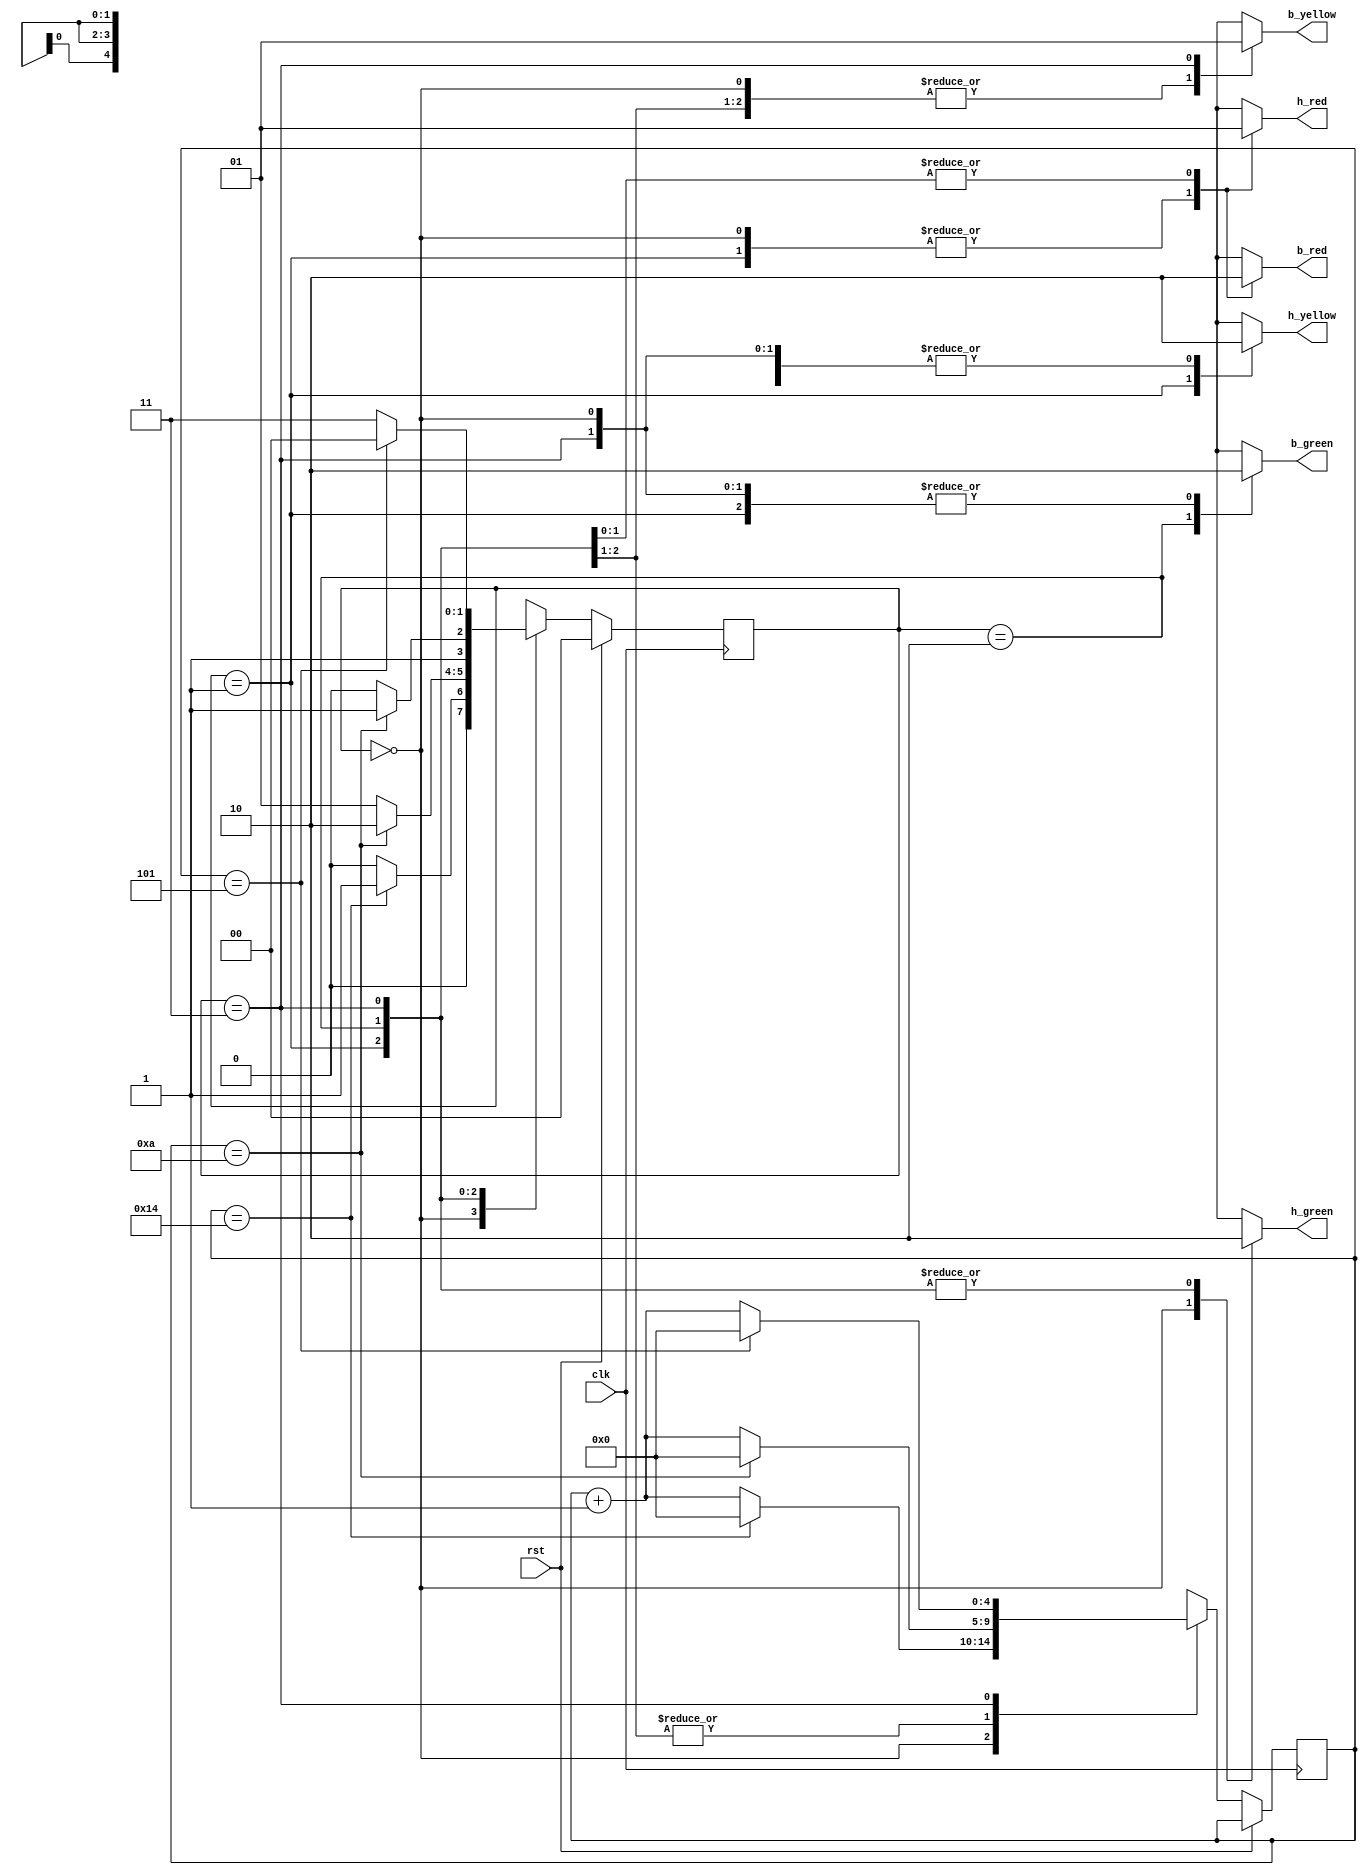
// Code your design here
module traffic_light(rst,clk,h_red,h_yellow,h_green,b_red,b_yellow,b_green);
  input rst, clk;
  output reg h_red,h_yellow,h_green,b_red,b_yellow,b_green;
  reg [4:0] count;
  reg [1:0] state;
  parameter s0=0, s1=1, s2=2, s3=3;
  initial state=0;
  initial count=0;
  initial h_red=0;
  initial h_yellow=0;
  initial h_green=0;
  initial b_red=0;
  initial b_yellow=0;
  initial b_green=0;
  
  always @(posedge clk) begin
    if(rst)
      state=s0;
    else
      case(state)
        s0:
          begin
            if(count==20) begin
              count=0;
              state=s1;
            end
            else
              begin
                count=count+1;
                state=s0;
              end
          end
        s1:
          begin
            if(count==10) begin
              count=0;
              state=s2;
            end
            else
              begin
                count=count+1;
                state=s1;
              end
          end
        s2:
          begin
            if(count==10) begin
              count=0;
              state=s3;
            end
            else
              begin
                count=count+1;
                state=s2;
              end
          end
        s3:
          begin
            if(count==5) begin
              count=0;
              state=s0;
            end
            else
              begin
                count=count+1;
                state=s3;
              end
          end
      endcase
  end
  
  
  //determine output depends upon state
  always @(state) begin
    case(state)
      s0:
        begin
          h_green=1;
          b_red=1;
          h_red=0;
          h_yellow=0;
          b_yellow=0;
          b_green=0;
        end
      s1:
        begin
          h_green=0;
          b_red=1;
          h_red=0;
          h_yellow=1;
          b_yellow=0;
          b_green=0;
        end
      s2:
        begin
          h_green=0;
          b_red=0;
          h_red=1;
          h_yellow=0;
          b_yellow=0;
          b_green=1;
        end
      s3:
        begin
          h_green=0;
          b_red=0;
          h_red=1;
          h_yellow=0;
          b_yellow=1;
          b_green=0;
        end
      endcase
  end
  
endmodule

// Code your testbench here
// or browse Examples
module traffic_tb();
  reg rst, clk;
  wire h_red,h_yellow,h_green,b_red,b_yellow,b_green;
  traffic_light L00(rst,clk,h_red,h_yellow,h_green,b_red,b_yellow,b_green);
  initial begin
    $dumpfile("dump.vcd");
    $dumpvars;
    rst=1;clk=1;#20;
    rst=0;#500;
    $finish;
  end
  always #3 clk=!clk;
endmodule